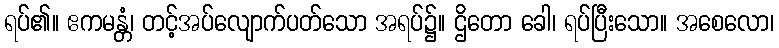
ရပ်၏။ ဧကမန္တံ၊ တင့်အပ်လျောက်ပတ်သော အရပ်၌။ ဌိတော ခေါ၊ ရပ်ပြီးသော။ အစေလော၊